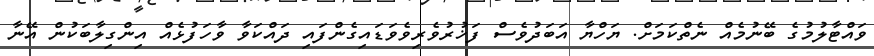
ވައްޓާލުމުގެ ބޭނުމެއް ނެތްކަމަށް. ޔަހްޔާ އަބަދުވެސް ފަޚުރުވެރިވެވަޑައިގެންފައި ދައްކަވާ ވާހަފުޅެއް އިންގިލާބަކުން އޭނާ